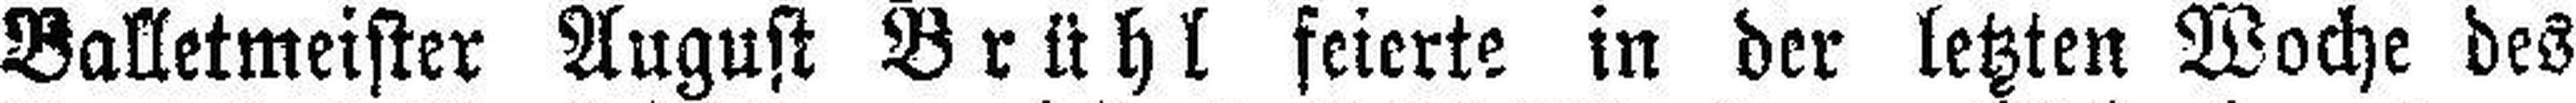
Balletmeister August Brühl feierte in der letzten Woche des